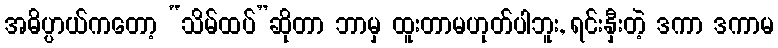
အဓိပ္ပာယ်ကတော့ “သိမ်ထပ်”ဆိုတာ ဘာမှ ထူးတာမဟုတ်ပါဘူး, ရင်းနှီးတဲ့ ဒကာ ဒကာမ